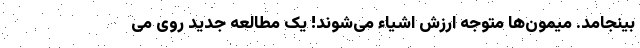
بینجامد. میمون‌ها متوجه ارزش اشیاء می‌شوند! یک مطالعه جدید روی می